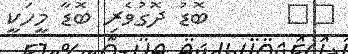
٢٦      ބޮޑު ދޮގުވެރި ބޮޑާ މީހަކީ